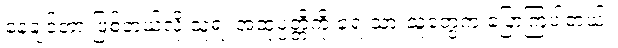
နေချင်တာ ဖြစ်တယ်လို့ သူ့ရဲ့ အထုပ္ပတ္တိကို ရေးသားသူတွေက ပြောကြပါတယ်။